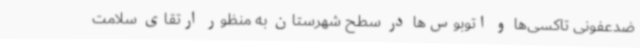
ضدعفونی تاکسی‌ها و اتوبوس‌ها در سطح شهرستان به منظور ارتقای سلامت